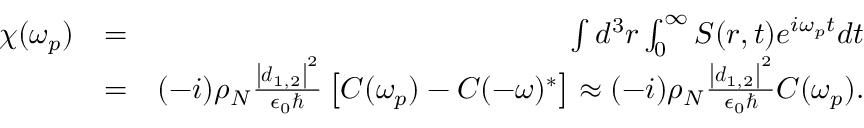
\begin{array} { r l r } { \chi ( \omega _ { p } ) } & { = } & { \int d ^ { 3 } \boldsymbol r \int _ { 0 } ^ { \infty } S ( r , t ) e ^ { i \omega _ { p } t } d t } \\ & { = } & { ( - i ) \rho _ { N } \frac { \left| \boldsymbol d _ { 1 , 2 } \right| ^ { 2 } } { \epsilon _ { 0 } \hbar } \left[ C ( \omega _ { p } ) - C ( - \omega ) ^ { * } \right] \approx ( - i ) \rho _ { N } \frac { \left| \boldsymbol d _ { 1 , 2 } \right| ^ { 2 } } { \epsilon _ { 0 } \hbar } C ( \omega _ { p } ) . } \end{array}